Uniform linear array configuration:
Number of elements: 8
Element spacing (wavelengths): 0.75
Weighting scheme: uniform
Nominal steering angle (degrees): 15
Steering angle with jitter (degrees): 13.13
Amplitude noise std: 0.05
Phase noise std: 0.05

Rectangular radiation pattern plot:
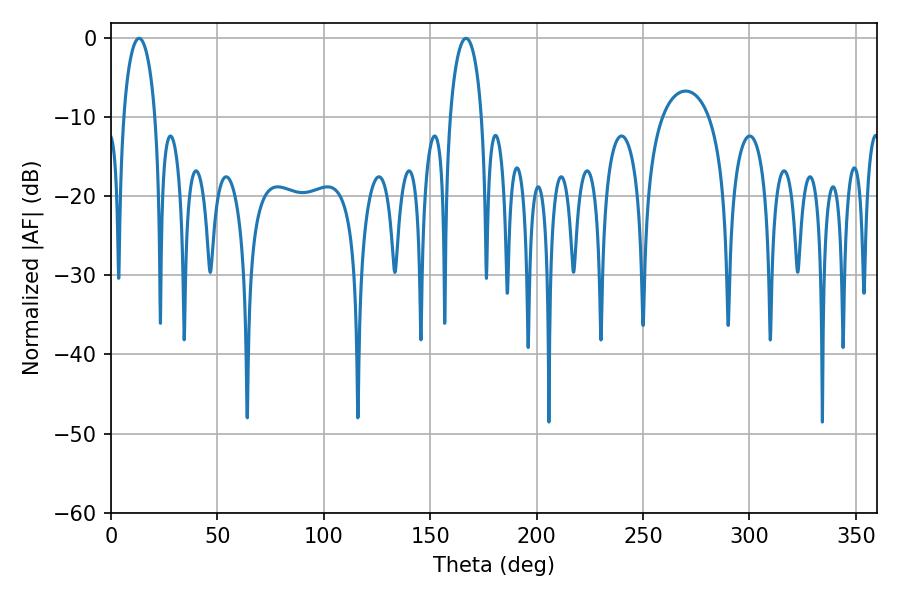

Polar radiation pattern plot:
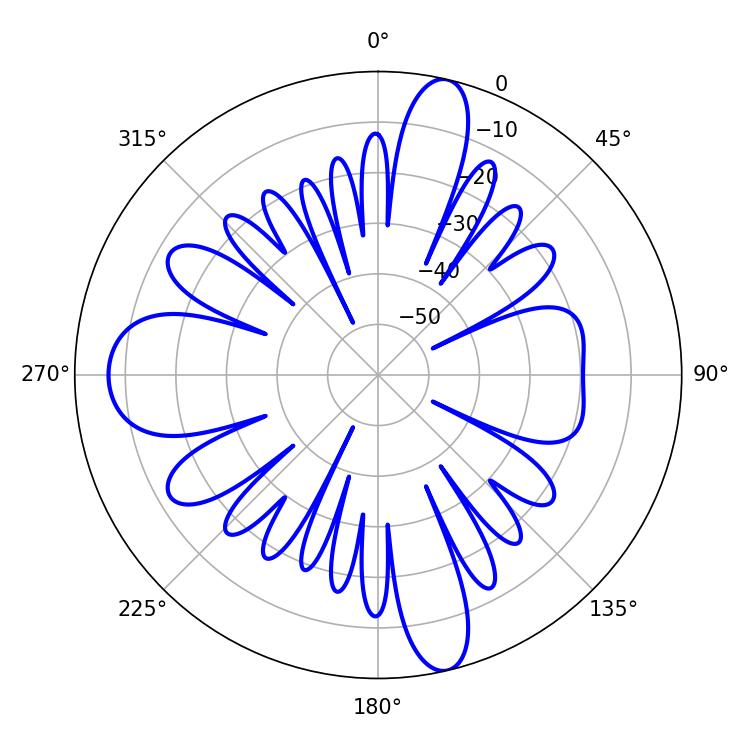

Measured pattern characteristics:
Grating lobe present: TRUE
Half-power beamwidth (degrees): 8.46
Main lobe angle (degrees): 13.14